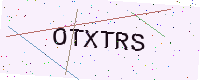
Text: OTXTRS